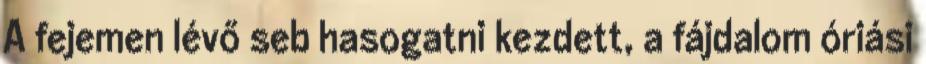
A fejemen lévő seb hasogatni kezdett, a fájdalom óriási